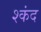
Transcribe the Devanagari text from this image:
श्कंद